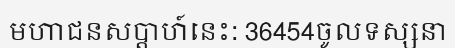
មហាជនសប្តាហ៍នេះ: 36454ចូលទស្សនា